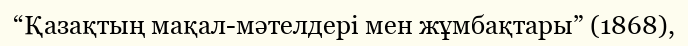
“Қазақтың мақал-мәтелдері мен жұмбақтары” (1868),